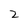
Character: z